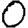
Digit: 0